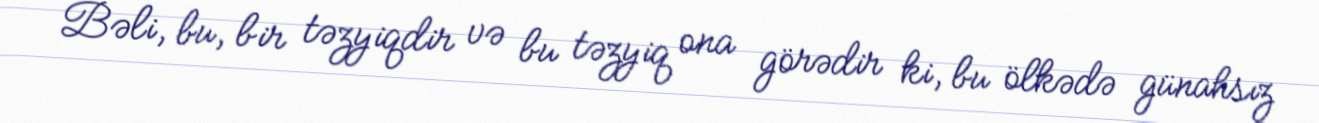
Bəli, bu, bir təzyiqdir və bu təzyiq ona görədir ki, bu ölkədə günahsız